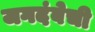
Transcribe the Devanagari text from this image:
जगदंबेची